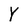
Character: Y